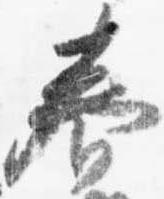
春